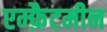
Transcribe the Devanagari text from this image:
एम्फ़ैटमीन